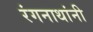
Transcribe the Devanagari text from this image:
रंगनाथांनी